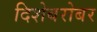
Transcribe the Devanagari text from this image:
दिशेबरोबर